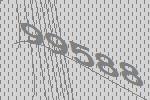
99588